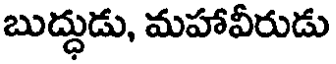
బుద్దుడు, మహావీరుడు